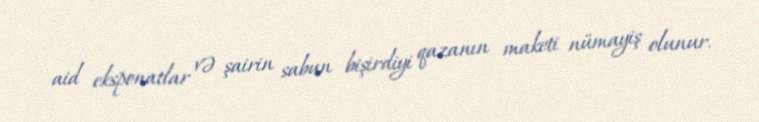
aid eksponatlar və şairin sabun bişirdiyi qazanın maketi nümayiş olunur.